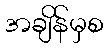
အချိန်မှစ